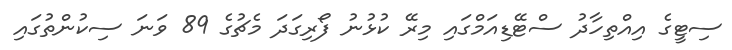
ސިޓީގެ އިއްތިހާދު ސްޓޭޑިއަމްގައި މިރޭ ކުޅުނު ފޯރިގަދަ މެޗުގެ 89 ވަނަ ސިކުންތުގައި